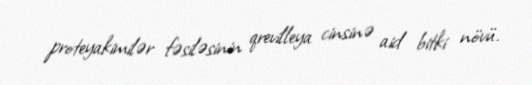
proteyakimilər fəsiləsinin qrevilleya cinsinə aid bitki növü.